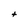
Character: t